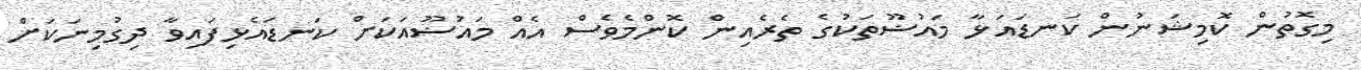
މިގޮތުން ކޮމިޝަނުން ކަނޑައަޅާ މައުޟޫތަކުގެ ތެރެއިން ކޮންމެވެސް އެއް މައުޟޫއަކަށް ކަނޑައެޅިފައިވާ ދިގުމިނަކަށް